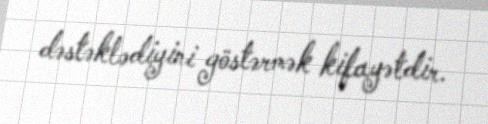
dəstəklədiyini göstərmək kifayətdir.